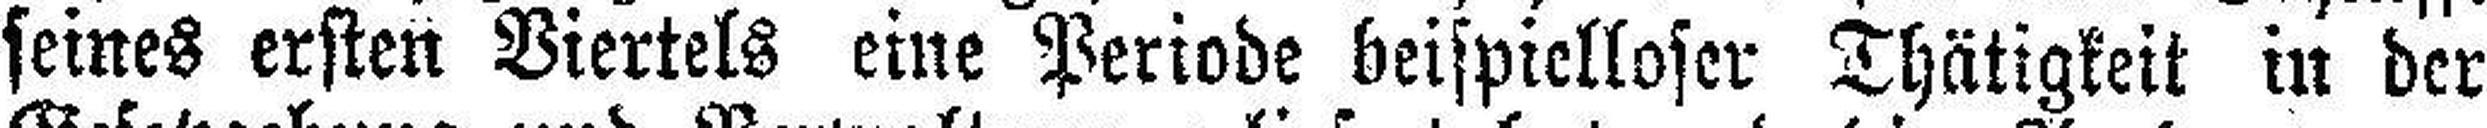
seines ersten Viertels eine Periode beispielloser Thätigkeit in der